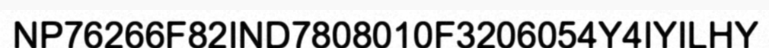
NP76266F82IND7808010F3206054Y4IYILHY